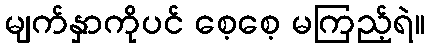
မျက်နှာကိုပင် စေ့စေ့ မကြည့်ရဲ။